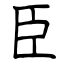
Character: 臣